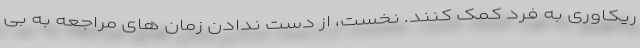
ریکاوری به فرد کمک کنند. نخست، از دست ندادن زمان های مراجعه به بی